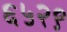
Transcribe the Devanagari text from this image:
६५२९